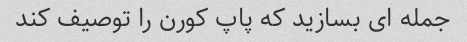
جمله ای بسازید که پاپ کورن را توصیف کند